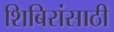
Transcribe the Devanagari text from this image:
शिबिरांसाठी